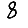
Digit: 8